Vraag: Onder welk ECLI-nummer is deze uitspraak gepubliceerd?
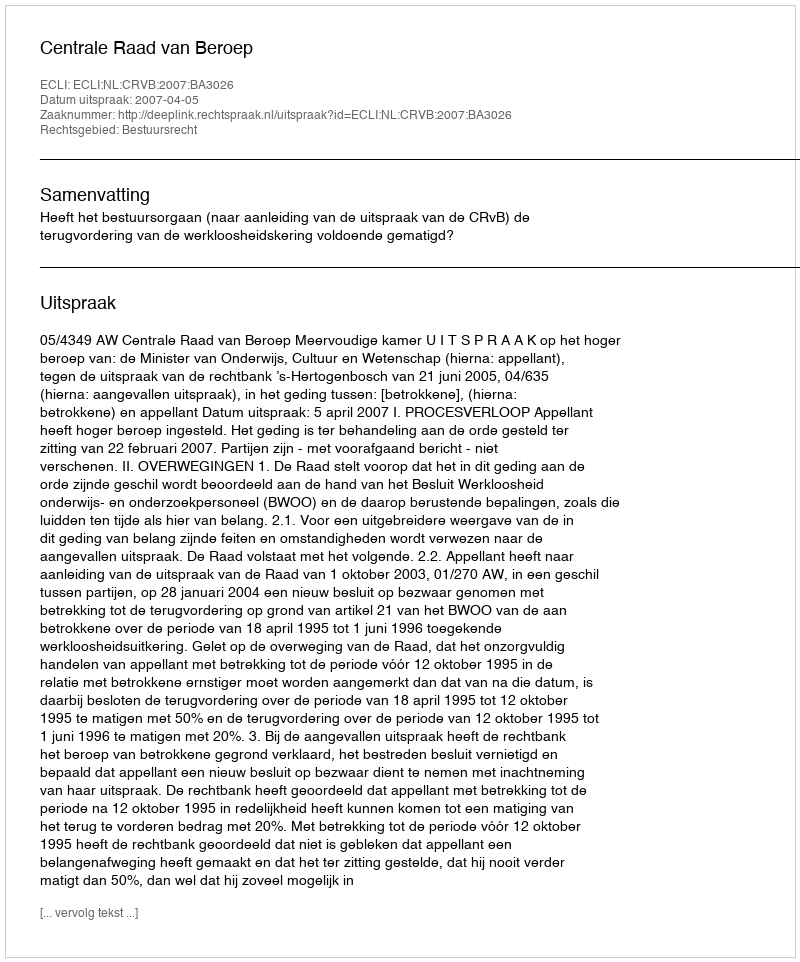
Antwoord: ECLI:NL:CRVB:2007:BA3026